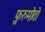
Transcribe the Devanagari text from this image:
फ़ुरुमोतो